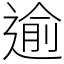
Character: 逾